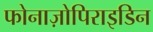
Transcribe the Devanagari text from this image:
फोनाज़ोपिराइडिन